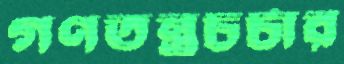
গণতন্ত্রচর্চার